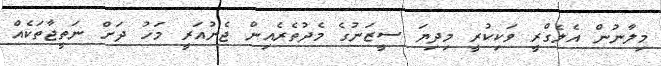
މިލާނުން އެލެގްރީ ވަކިކުރީ މިދިޔަ ސީޒަނުގެ މެދުތެރެއިން ޖެނުއަރީ މަހު ދަށް ނަތީޖާތަކެއް